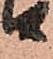
る